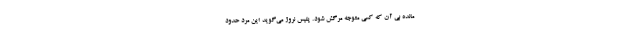
مانده بی آن که کسی متوجه مرگش شود. پلیس نروژ می‌گوید این مرد حدود